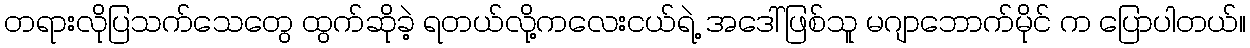
တရားလိုပြသက်သေတွေ ထွက်ဆိုခဲ့ ရတယ်လို့ကလေးငယ်ရဲ့ အဒေါ်ဖြစ်သူ မဂျာဘောက်မိုင် က ပြောပါတယ်။